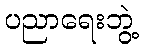
ပညာရေးဘွဲ့